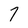
Character: 7